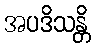
အပဒိသန္တိ